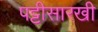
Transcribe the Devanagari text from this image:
पट्टीसारखी